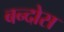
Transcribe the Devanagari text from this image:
बन्दोस